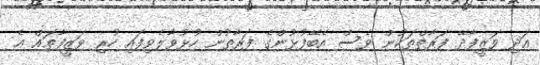
އަދި ވަޒީފާދޭ ފަރާތްތަކުން ވެސް އެބޭފުޅުންގެ ފަރާތުން ހުޅުވާލެވިފައި ހުރި ވަޒީފާތައް އެ